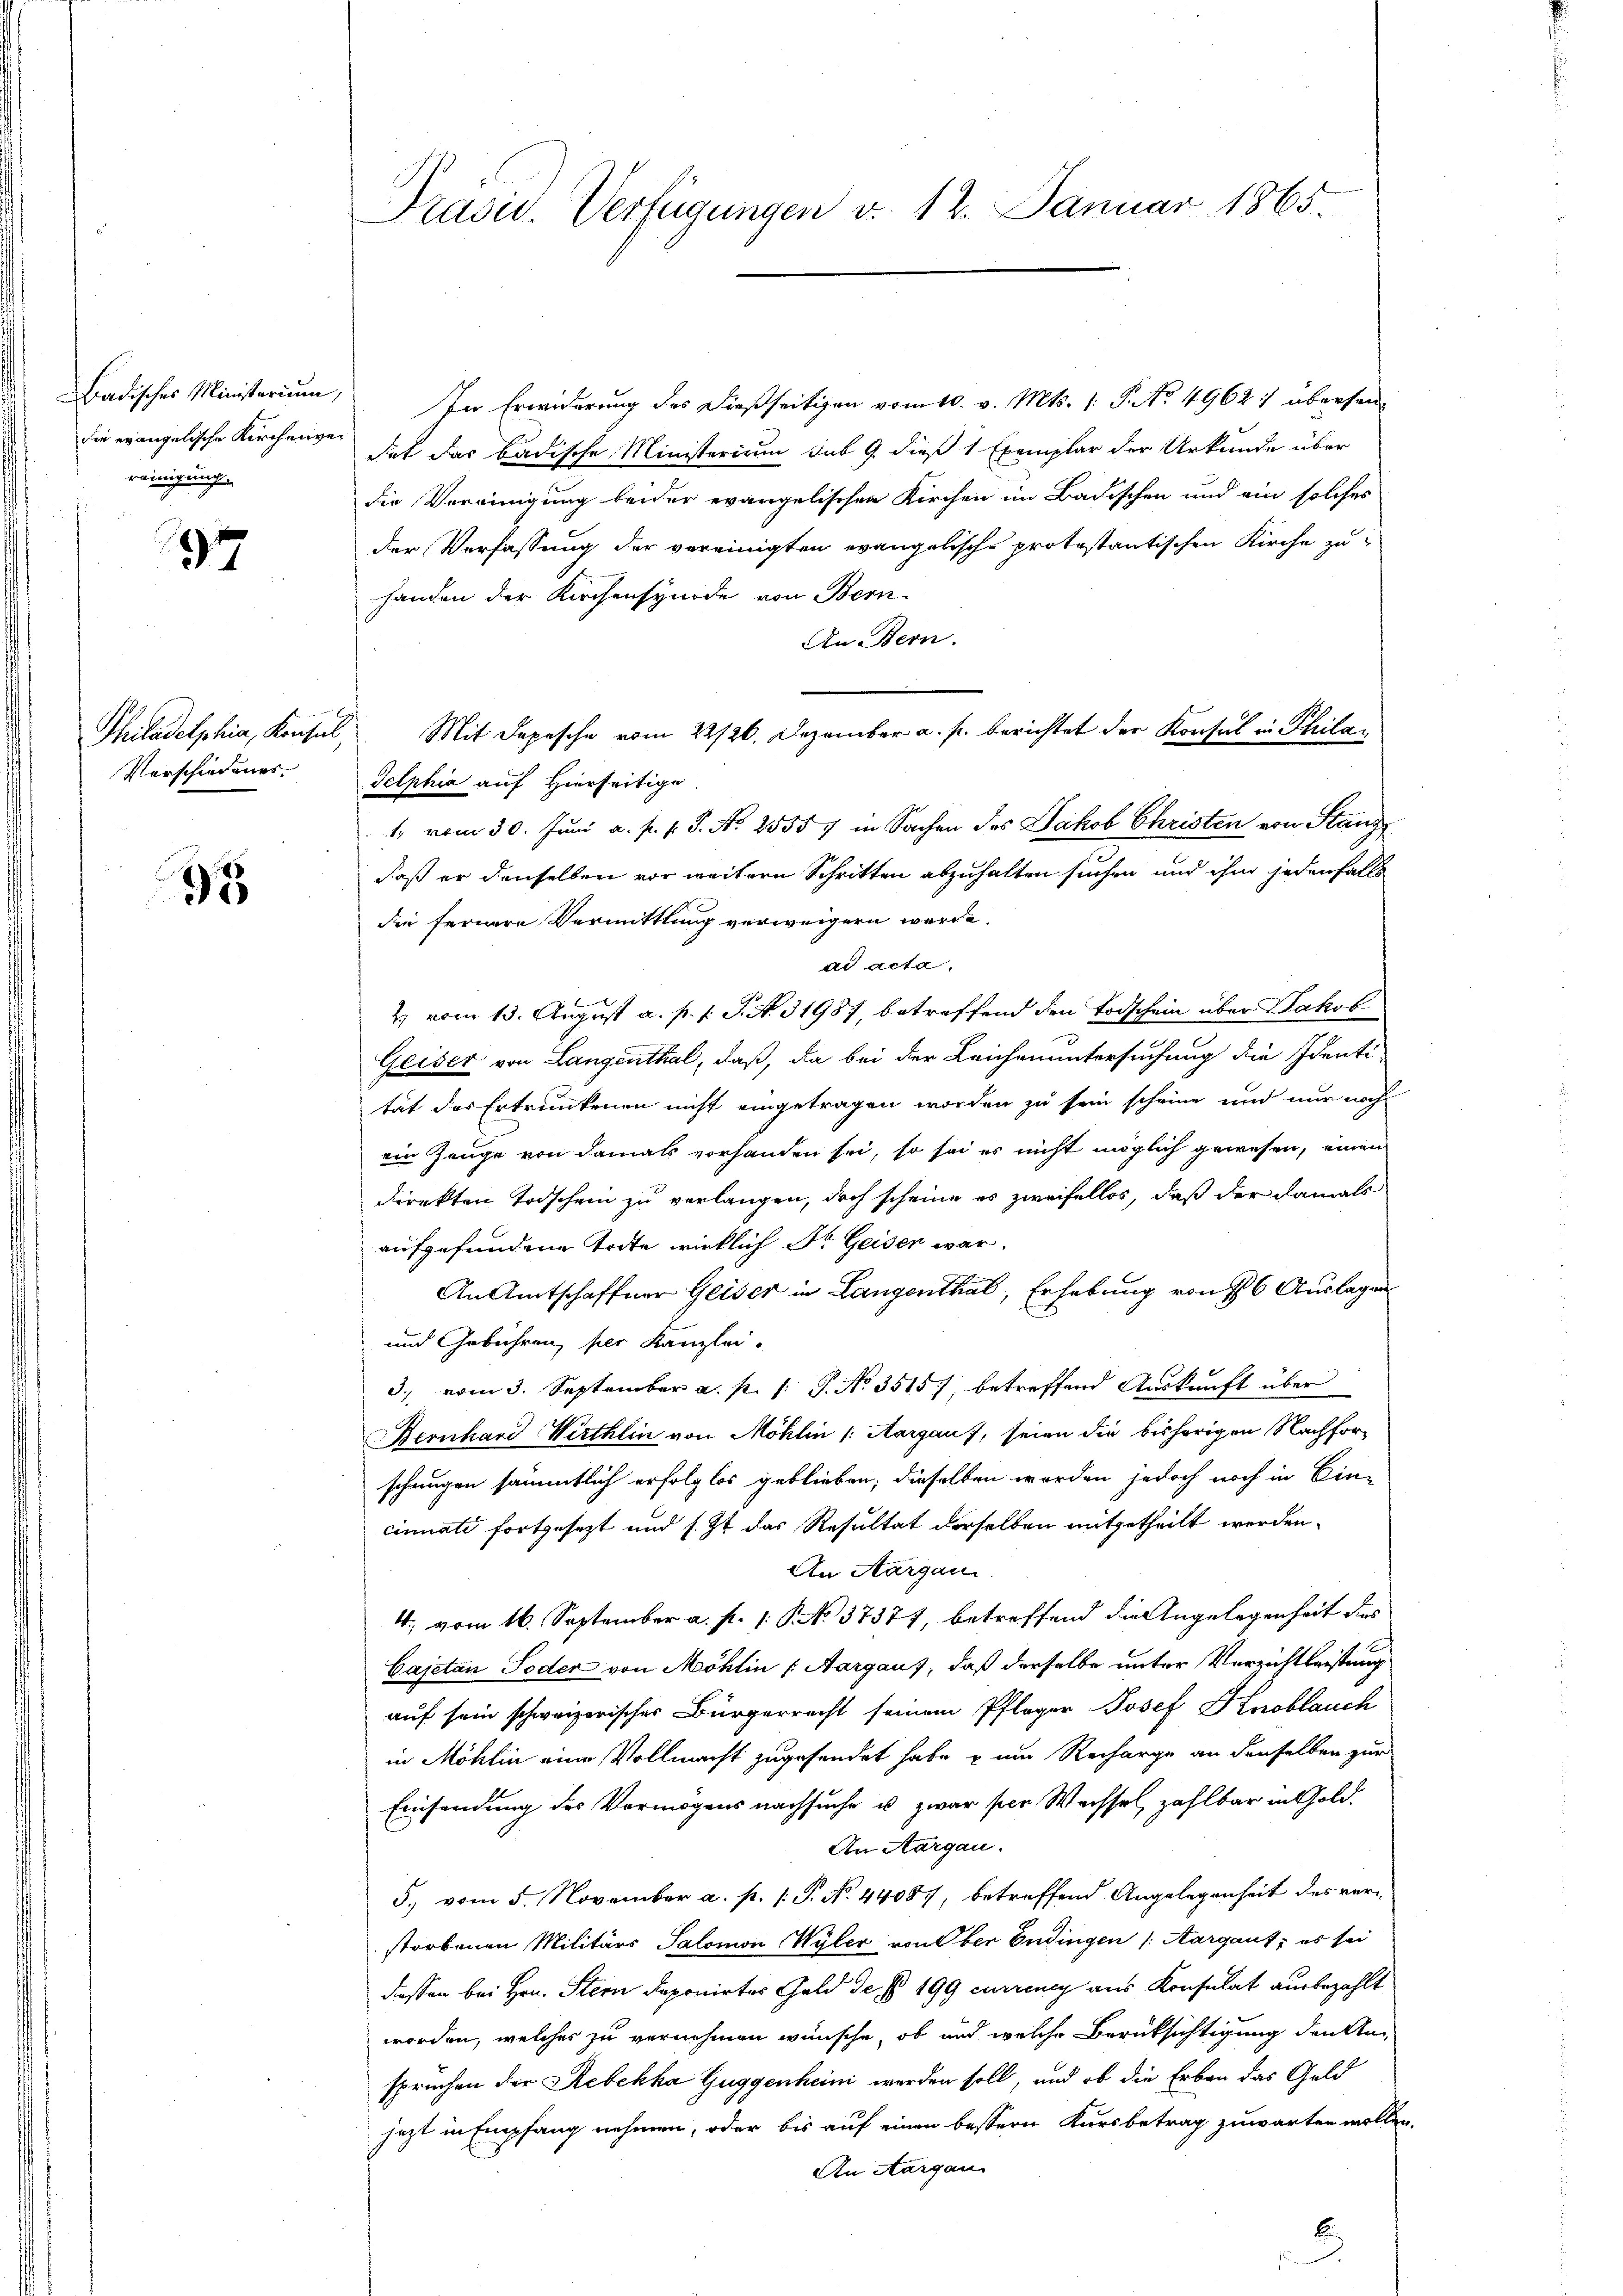
Badisches Ministerium,
die evangelische Kirchenver
reinigung

97

Philadelphia, Konsul
Verschiedungs¬

7

Präsu. Verfügungen d. 12. Januar 1865.

In Erwiderung des dießseitigen vom 10. v. Mts. 1. P. No 4962 :/ überhandat das badische Ministerium sub 9. dieß 1 Exemplar der Urkunde über
die Vereinigung beider evangelischen Kirchen im Badischen und ein solches
der Verfassung der vereinigten evangelische protestantischen Kirche zu
handen der Kirchensynode von Bern
An Bern.
Mit Depesche vom 22/26. Dezember a. p. berichtet der Konsul in Phila¬
Telphia auf Hierseitige
1. vom 30. Juni a. p. s. S. Nr. 25557 in Sachen des Jakob Christen von Stanz
daß er denselben vor weitern Schritten abzuhalten suchen und ihm jedenfalls
die fernere Vermittlung verweigern werde.
ad acta.
2) vom 13. August a. p. 1. J. N. 31987 betreffend den Todschein über Jakob
Geiser von Langenthal, daß, da bei der Leichenuntersuchung die Identi-
tät des Ertrunkenen nicht eingetragen worden zu sein scheine und nur noch
ein Zeuge von damals vorhanden sei, so sei es nicht möglich gewesen, einen
direkten Todschen zu verlangen, doch scheine es zweifellos, daß der damals
aufgefundene Todte wirklich Dr Geiser war.
An Amtschaffner Geiser in Langenthal, Erhebung von 16 Auslagen
und Gebühren, per Kanzlei.
3. vom 3. September a. p. 1. P. Nr. 3515), betreffend Auskunft über
Hernhard Wirthlin von Möhlin |: Aargaus, seien die bisherigen Nachforschungen sämmtlich erfolglos geblieben; dieselben worden jedoch noch in Ein-
cinnate fortgesezt und s. Zt. das Resultat derselben mitgetheilt werden.
An Aargau
4; vom 16. September a. p. 1. P. No. 37377, betreffend die Angelegenheit des
Cajetan Jeder von Möhlin (Aargaus, daß derselbe unter Verrichtleistung
auf sein schweizerisches Bürgerrecht seinem Pfleger Josef Knoblauch
in Möhlin eine Vollmacht zugesendet habe zum Recharge an denselben zur
Einsendung des Vermögens nachsuche u. zwar per Wechsel zahlbar in Gold.
An Aargau.
5., vom 5. November a. p. 1. P. No. 44087, betreffend Angelegenheit des verstorbenen Militärs Salomon Wyler von der Endingen (Aargaut; es sei
diessen bei Hrn. Stern deponirtes Geld der § 199 currency aus Konsulat ausbezahlt
worden, welches zu vernehmen wünsche, ob und welche Berüksichtigung denkten
sprachen der Rebekha Guggenhein werden soll, und ob die Erben das Geld
jezt in Empfang nehmen, oder bis auf einen bessern Kursbetrag zuwarten wollen
An Aargau
E